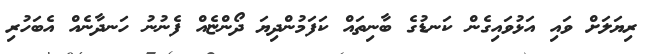
ރިޔަލަށް ވައި އަޅުވައިގެން ކަނޑުގެ ބާނިތައް ކަފަމުންދިޔަ ދޯންޏެއް ފެނުނު ހަނދާނެއް އެބަހުރި